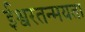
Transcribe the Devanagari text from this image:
ईश्वरतन्मयता